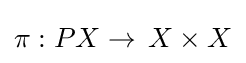
\pi :PX\to \,X\times X